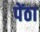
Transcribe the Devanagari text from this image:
पेंठा